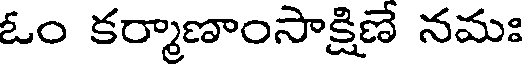
ఓం కర్మాణాంసాక్షిణే నమః